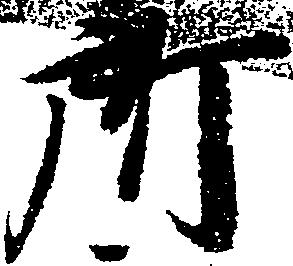
所